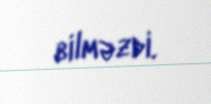
bilməzdi.